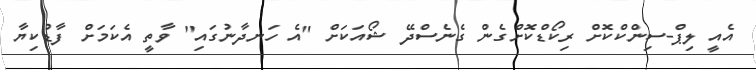
އެއީ ލިޕް-ސިންކްކޮށް ރިކޯޑްކޮށްގެން ގެނެސްދޭ ޝޯއަކަށް "އެ ހަނދާނުގައި" ވާތީ އެކަމަށް ފާޑުކިޔާ